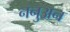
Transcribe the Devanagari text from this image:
ननुअन